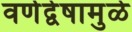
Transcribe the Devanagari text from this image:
वर्णद्वेषामुळे